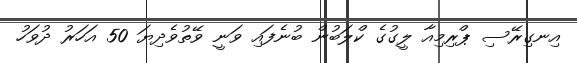
އިނގިރޭސި ޕްރިމިއާ ލީގުގެ ކްލަބުން ބުނެފައި ވަނީ ވޭތުވެދިޔަ 50 އަހަރު ދުވަހު